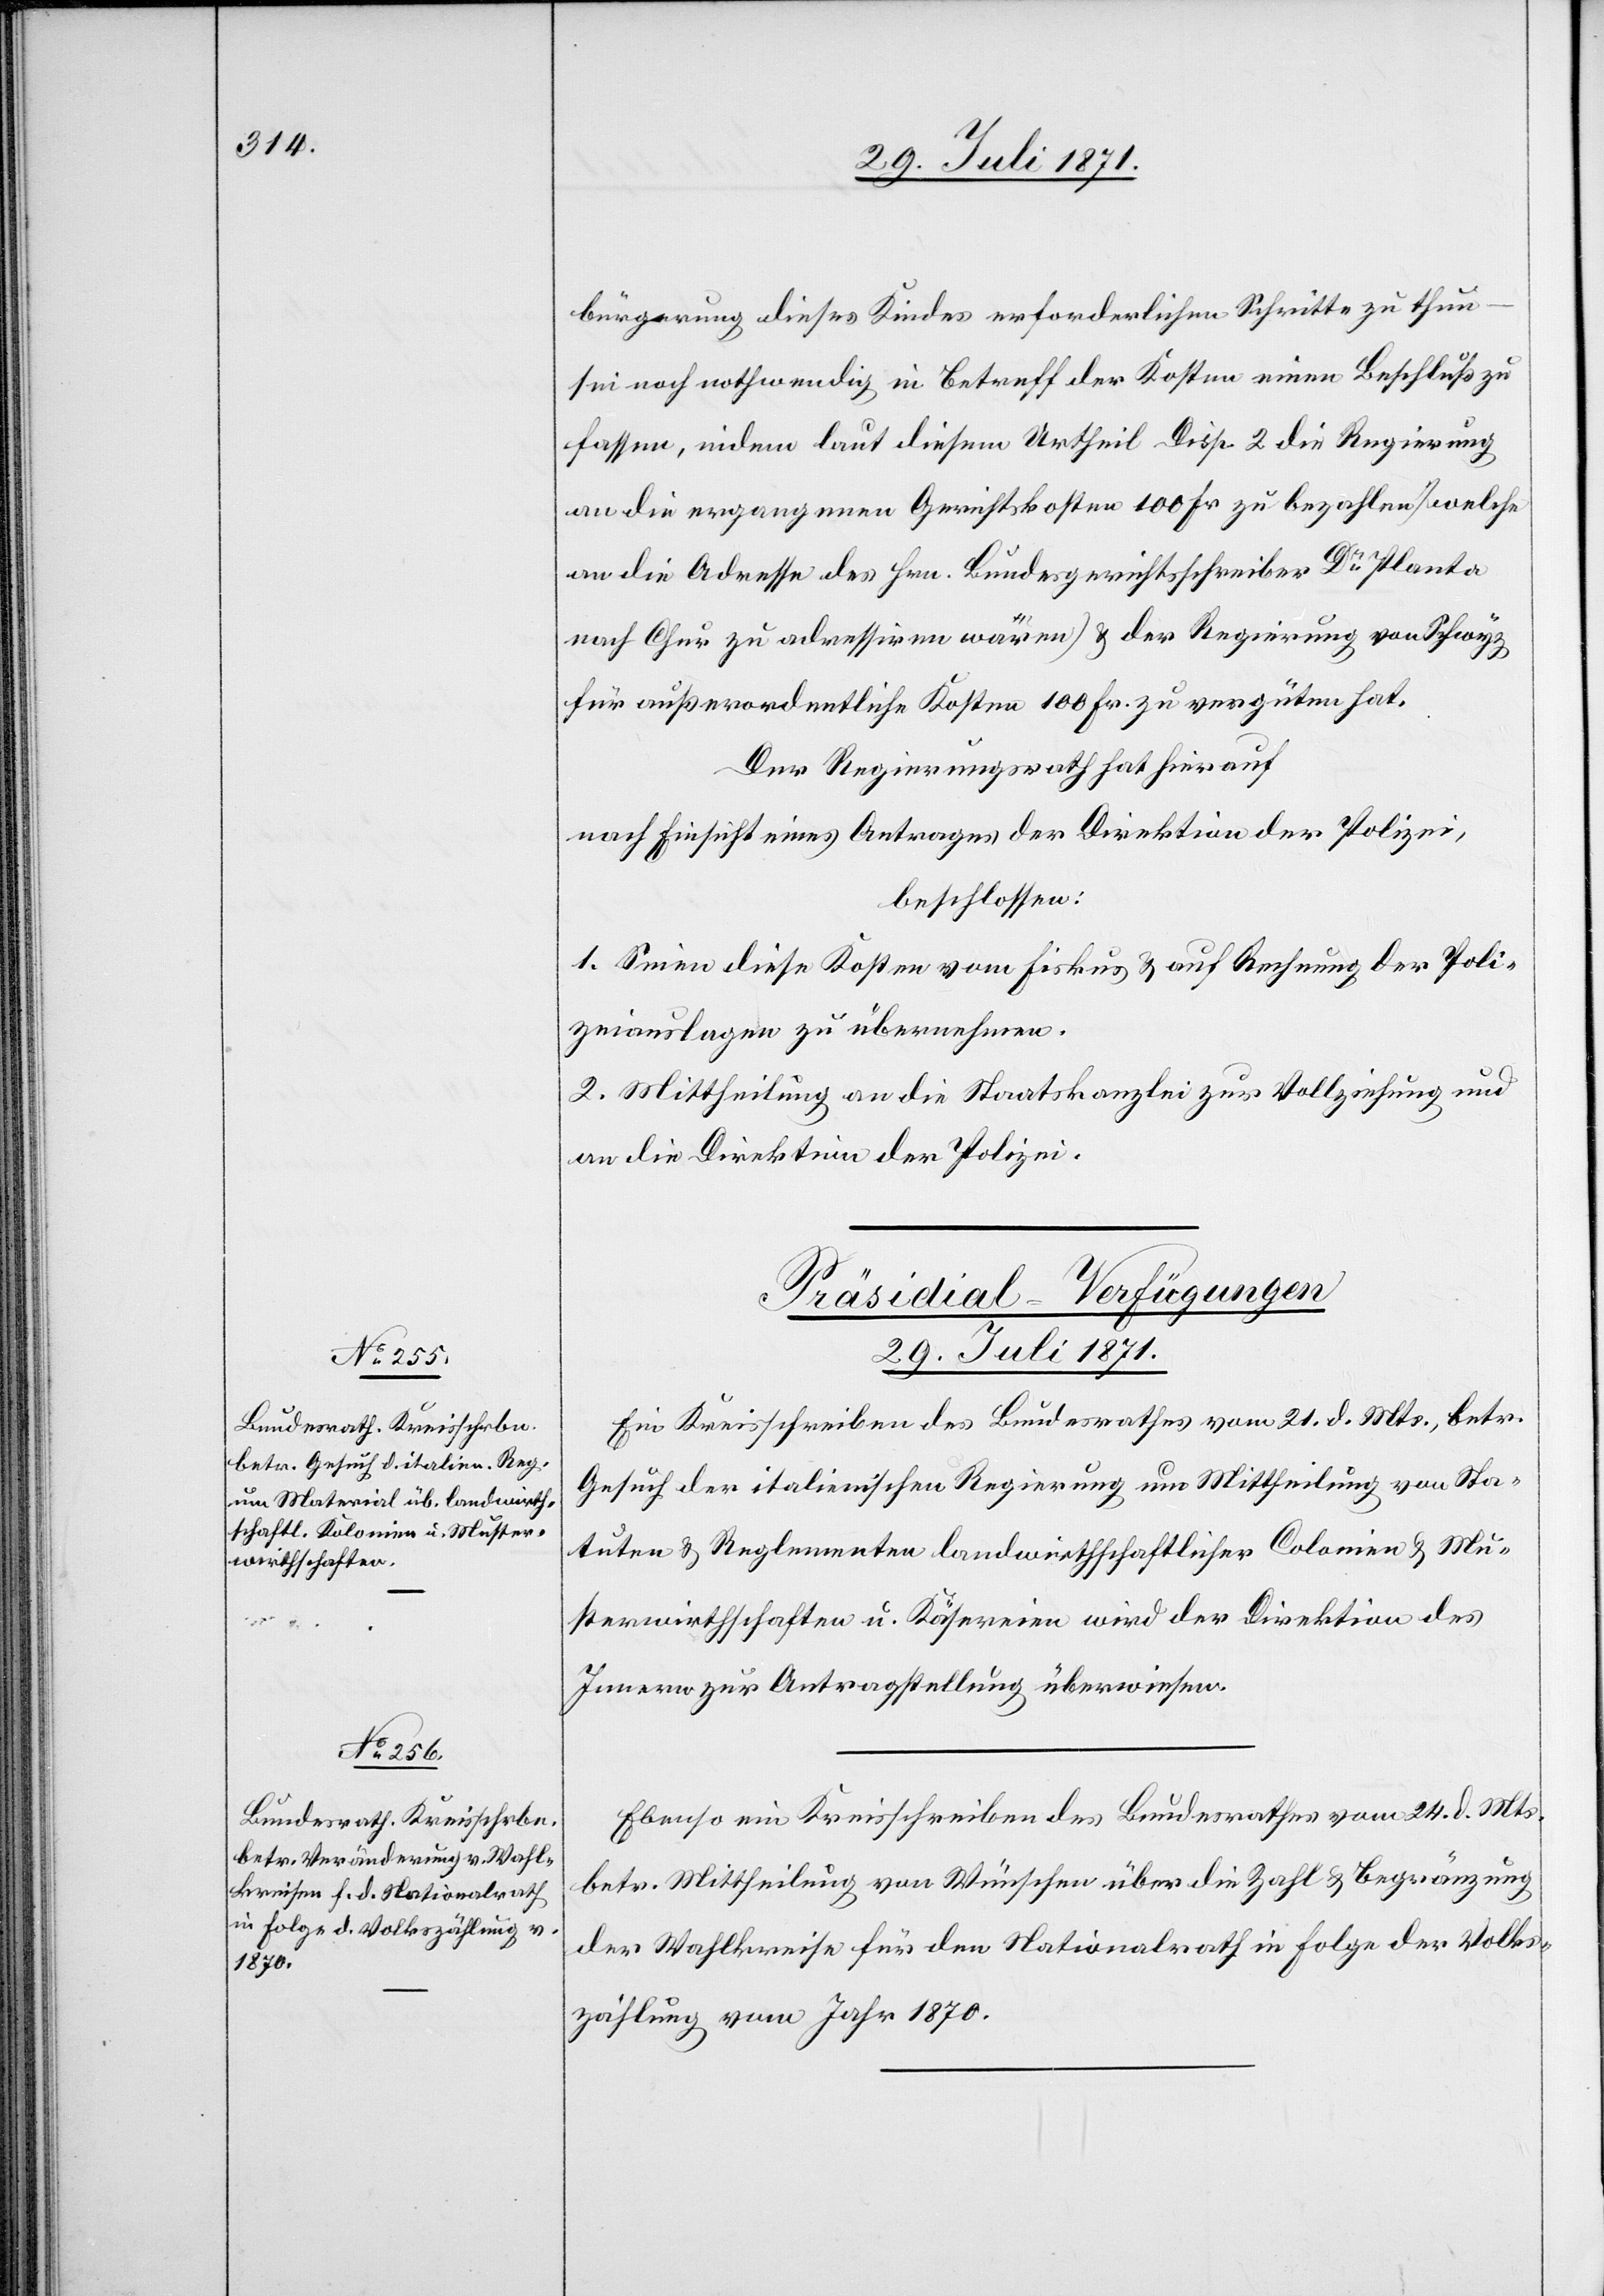
29. Juli 1871.]
bürgerung dieses Kindes erforderlichen Schritte zu thun
sei noch nothwendig in Betreff der Kosten einen Beschluß zu
fassen, indem laut diesem Urtheil Disp. 2 die Regierung
an die ergangenen Gerichtskosten 100 Fr. zu bezahlen (welche
an die Adresse des Hrn. Bundesgerichtsschreiber Dr. Planta
nach Chur zu adressiren wären) u. der Regierung von Schwyz
für außerordentliche Kosten 100 Fr. zu vergüten hat.
Der Regierungsrath hat hierauf
nach Einsicht eines Antrages der Direktion der Polizei,
beschlossen:
1. Seien diese Kosten vom Fiskus u. auf Rechnung der Poli¬
zeiauslagen zu übernehmen.
2. Mittheilung an die Staatskanzlei zur Vollziehung und
an die Direktion der Polizei.
[Präsidial-Verfügungen
29. Juli 1871.
Ein Kreisschreiben des Bundesrathes vom 21. d. Mts., betr.
Gesuch der italienischen Regierung um Mittheilung von Sta¬
tuten u. Reglementen landwirthschaftlicher Colonien u. Mu¬
sterwirthschaften u. Käsereien wird der Direktion des
Innern zur Antragstellung überwiesen.
Ebenso ein Kreisschreiben des Bundesrathes vom 24. d. Mts.
betr. Mittheilung von Wünschen über die Zahl u. Begränzung
der Wahlkreise für den Nationalrath in Folge der Volks¬
zählung vom Jahr 1870.